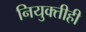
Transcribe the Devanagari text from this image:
नियुक्तीही